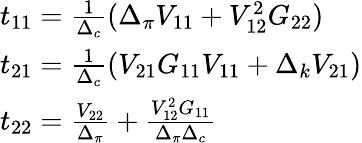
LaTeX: \begin{array}{l}{{t_{11}=\frac{1}{\Delta_{c}}(\Delta_{\pi}V_{11}+V_{12}^{2}G_{22})}}\\ {{t_{21}=\frac{1}{\Delta_{c}}(V_{21}G_{11}V_{11}+\Delta_{k}V_{21})}}\\ {{t_{22}=\frac{V_{22}}{\Delta_{\pi}}+\frac{V_{12}^{2}G_{11}}{\Delta_{\pi}\Delta_{c}}}}\end{array}